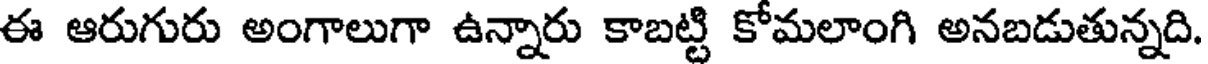
ఈ ఆరుగురు అంగాలుగా ఉన్నారు కాబట్టి కోమలాంగి అనబడుతున్నది